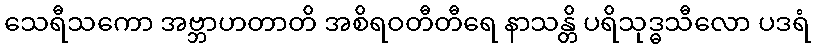
သေရီသကော အဗ္ဘာဟတာတိ အစိရဝတီတီရေ နာသန္တိ ပရိသုဒ္ဓသီလော ပဒရံ